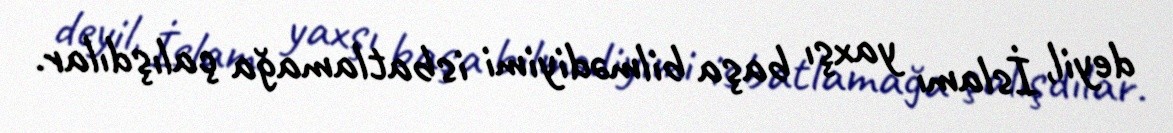
deyil, İslamı yaxşı başa bilmədiyimi isbatlamağa çalışdılar.